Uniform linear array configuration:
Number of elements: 24
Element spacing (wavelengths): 0.5
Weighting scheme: exponential
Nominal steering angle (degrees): -45
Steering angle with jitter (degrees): -43.255
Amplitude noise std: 0.05
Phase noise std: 0.05

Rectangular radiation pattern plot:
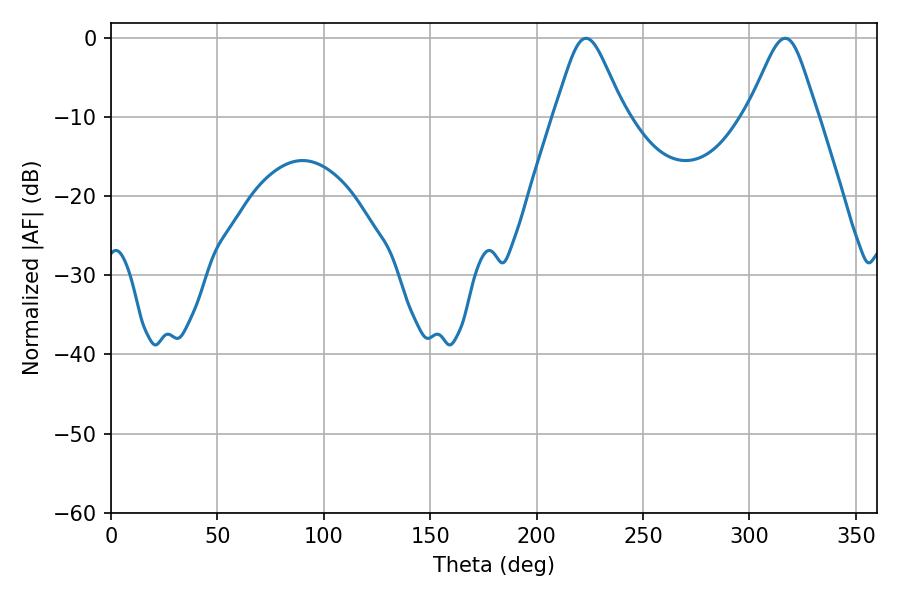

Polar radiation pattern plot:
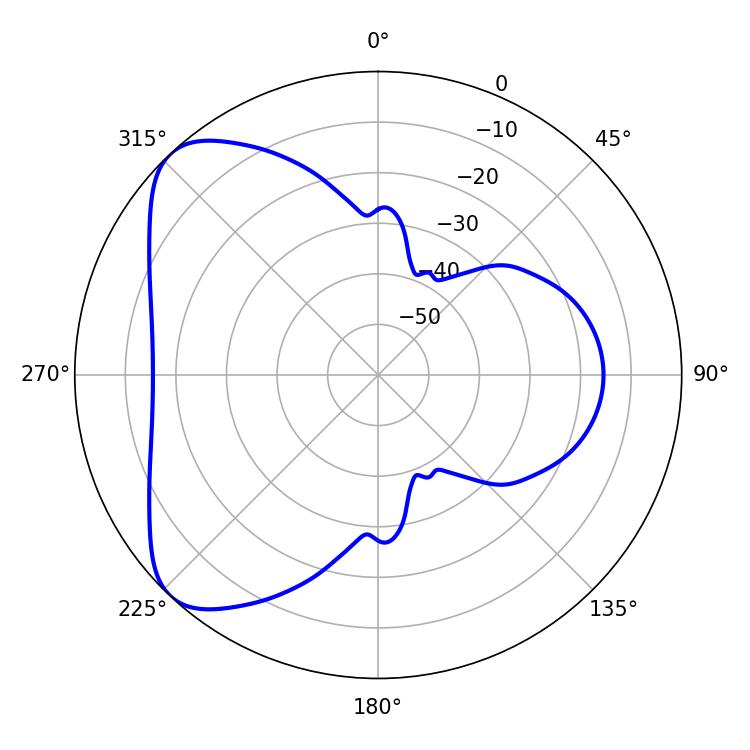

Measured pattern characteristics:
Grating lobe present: FALSE
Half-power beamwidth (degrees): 16.02
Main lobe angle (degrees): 223.2